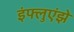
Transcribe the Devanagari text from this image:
इंफ्लुएंझे